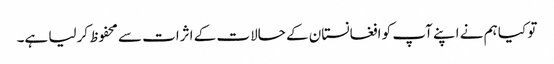
تو کیا ہم نے اپنے آپ کو افغانستان کے حالات کے اثرات سے محفوظ کرلیا ہے۔